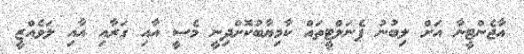
އާޖެންޓީނާ އަށް ލިބުނު ޕެނަލްޓީތައް ކާމިޔާބުކޮށްދިނީ މެސީ އާއި ގަރާއި އާއި ލަވެއްޒީ